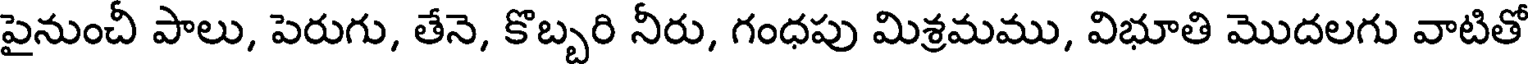
పైనుంచీ పాలు, పెరుగు, తేనె, కొబ్బరి నీరు, గంధపు మిశ్రమము, విభూతి మొదలగు వాటితో